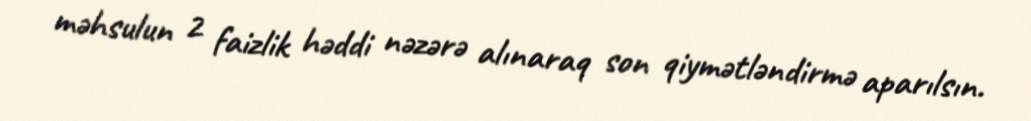
məhsulun 2 faizlik həddi nəzərə alınaraq son qiymətləndirmə aparılsın.